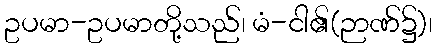
ဥပမာ-ဥပမာတို့သည်၊ မံ-ငါ၏(ဉာဏ်၌)၊